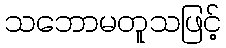
သဘောမတူသဖြင့်